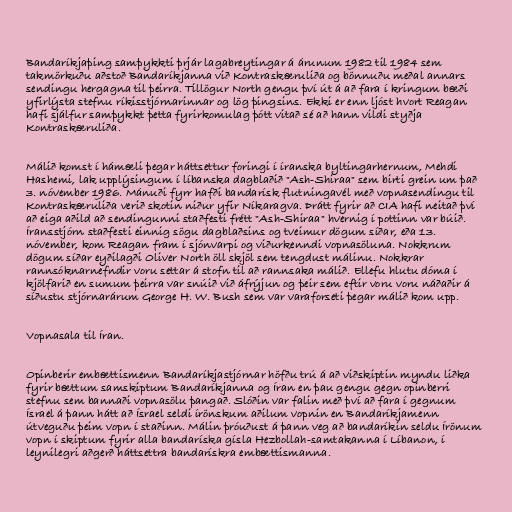
Bandaríkjaþing samþykkti þrjár lagabreytingar á árunum 1982 til 1984 sem
takmörkuðu aðstoð Bandaríkjanna við Kontraskæruliða og bönnuðu meðal annars
sendingu hergagna til þeirra. Tillögur North gengu því út á að fara í kringum bæði
yfirlýsta stefnu ríkisstjórnarinnar og lög þingsins. Ekki er enn ljóst hvort Reagan
hafi sjálfur samþykkt þetta fyrirkomulag þótt vitað sé að hann vildi styðja
Kontraskæruliða.

Málið komst í hámæli þegar háttsettur foringi í íranska byltingarhernum, Mehdi
Hashemi, lak upplýsingum í líbanska dagblaðið "Ash-Shiraa" sem birti grein um það
3. nóvember 1986. Mánuði fyrr hafði bandarísk flutningavél með vopnasendingu til
Kontraskæruliða verið skotin niður yfir Níkaragva. Þrátt fyrir að CIA hafi neitað því
að eiga aðild að sendingunni staðfesti frétt "Ash-Shiraa" hvernig í pottinn var búið.
Íransstjórn staðfesti einnig sögu dagblaðsins og tveimur dögum síðar, eða 13.
nóvember, kom Reagan fram í sjónvarpi og viðurkenndi vopnasöluna. Nokkrum
dögum síðar eyðilagði Oliver North öll skjöl sem tengdust málinu. Nokkrar
rannsóknarnefndir voru settar á stofn til að rannsaka málið. Ellefu hlutu dóma í
kjölfarið en sumum þeirra var snúið við áfrýjun og þeir sem eftir voru voru náðaðir á
síðustu stjórnarárum George H. W. Bush sem var varaforseti þegar málið kom upp.

Vopnasala til Íran.

Opinberir embættismenn Bandaríkjastjórnar höfðu trú á að viðskiptin myndu liðka
fyrir bættum samskiptum Bandaríkjanna og Íran en þau gengu gegn opinberri
stefnu sem bannaði vopnasölu þangað. Slóðin var falin með því að fara í gegnum
Ísrael á þann hátt að Ísrael seldi írönskum aðilum vopnin en Bandaríkjamenn
útveguðu þeim vopn í staðinn. Málin þróuðust á þann veg að bandaríkin seldu Írönum
vopn í skiptum fyrir alla bandaríska gísla Hezbollah-samtakanna í Líbanon, í
leynilegri aðgerð háttsettra bandarískra embættismanna.